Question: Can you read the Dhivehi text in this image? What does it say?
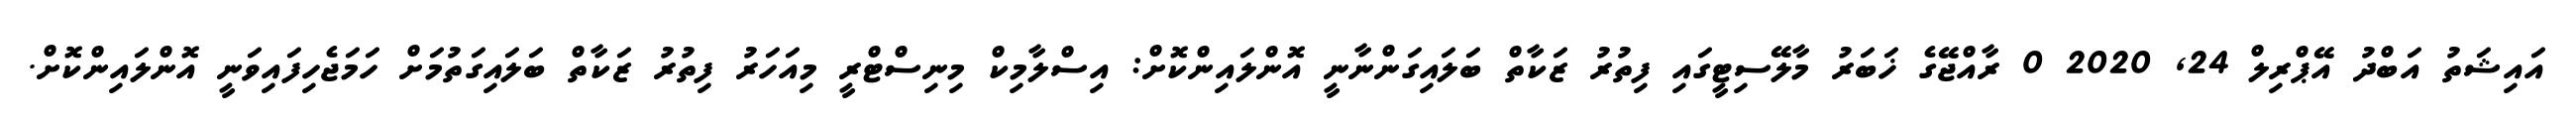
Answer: އައިޝަތު އަބްދު އޭޕްރިލް 24, 2020 0 ރާއްޖޭގެ ޚަބަރު މާލޭސިޓީގައި ފިތުރު ޒަކާތް ބަލައިގަންނާނީ އޮންލައިންކޮށް: އިސްލާމިކް މިނިސްޓްރީ މިއަހަރު ފިތުރު ޒަކާތް ބަލައިގަތުމަށް ހަމަޖެހިފައިވަނީ އޮންލައިންކޮށް.